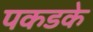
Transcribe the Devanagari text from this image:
पकडके